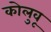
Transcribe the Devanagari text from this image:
कोलुवू